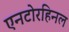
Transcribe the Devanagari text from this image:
एनटोरहिनल